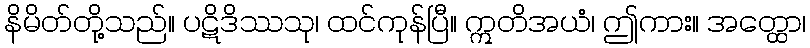
နိမိတ်တို့သည်။ ပဋိဒိဿသု၊ ထင်ကုန်ပြီ။ ဣတိအယံ၊ ဤကား။ အတ္ထော၊